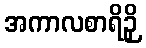
အကာလစာရိဉှိ